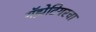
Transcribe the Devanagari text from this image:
गॅझेटियरचा